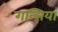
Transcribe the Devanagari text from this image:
गल्तियां